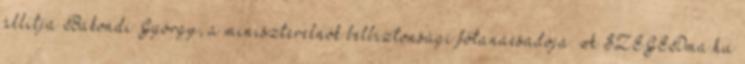
állítja Bakondi György, a miniszterelnök belbiztonsági főtanácsadója. A SZEGEDma.hu